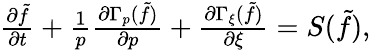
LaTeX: \begin{array}{r}{\frac{\partial\tilde{f}}{\partial t}+\frac{1}{p}\frac{\partial\Gamma_{p}(\tilde{f})}{\partial p}+\frac{\partial\Gamma_{\xi}(\tilde{f})}{\partial\xi}=S(\tilde{f}),}\end{array}